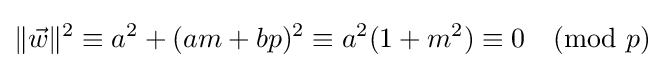
\|{\vec {w}}\|^{2}\equiv a^{2}+(am+bp)^{2}\equiv a^{2}(1+m^{2})\equiv 0{\pmod {p}}